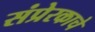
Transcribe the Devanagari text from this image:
संप्रेरकाचे